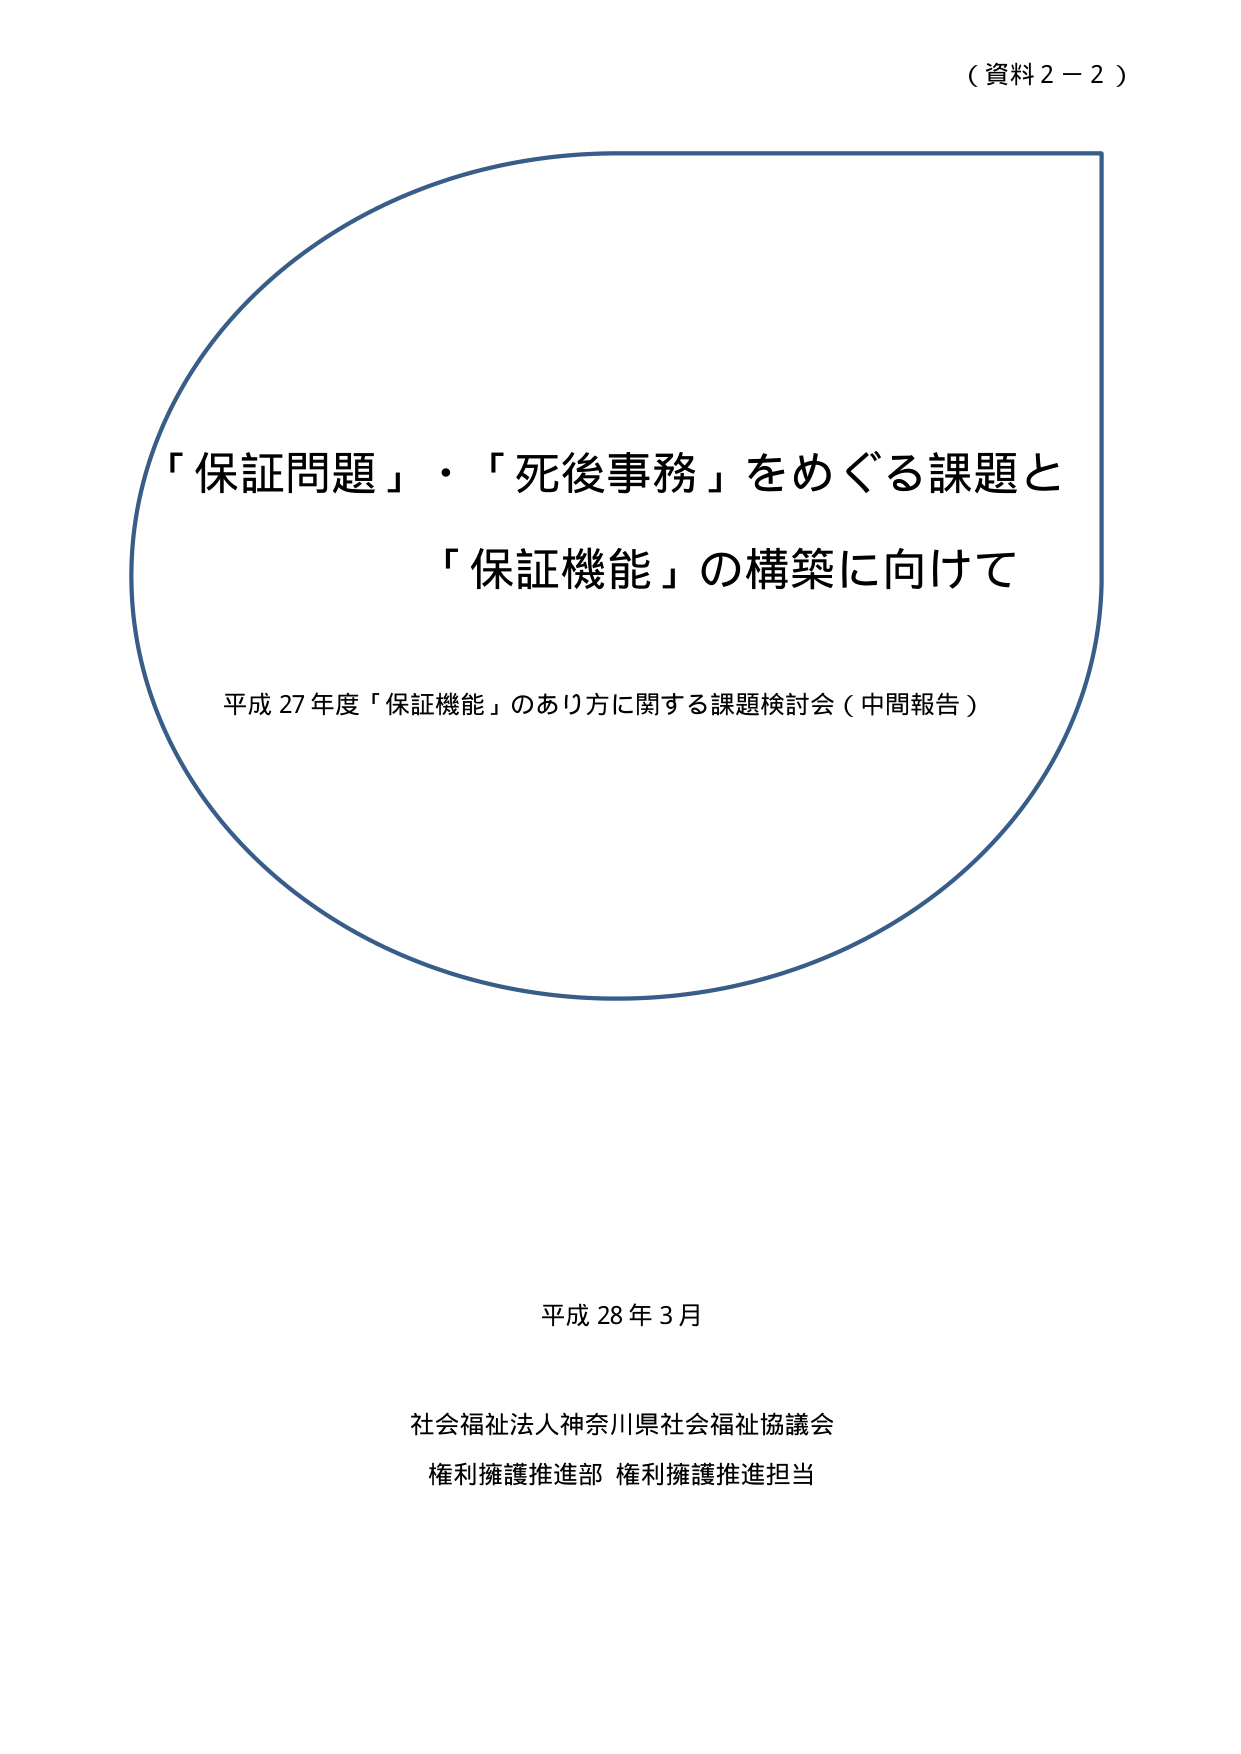
（資料２－２）

「保証問題」・「死後事務」をめぐる課題と
「保証機能」の構築に向けて

平成27年度「保証機能」のあり方に関する課題検討会（中間報告）

平成28年3月

社会福祉法人神奈川県社会福祉協議会
権利擁護推進部 権利擁護推進担当